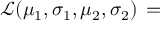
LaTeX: { \mathcal { L } } ( \mu _ { 1 } , \sigma _ { 1 } , \mu _ { 2 } , \sigma _ { 2 } ) \, =